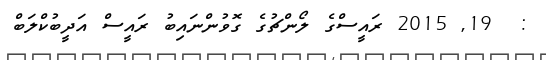
:  19